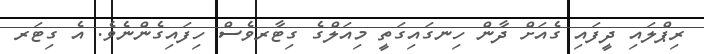
ރިޕްލައި ދީފައި ގެއަށް ދާން ހިނގައިގަތީ މިއަލްގެ ގިޓާރވެސް ހިފައިގެންނެވެ. އެ ގިޓަރ